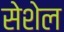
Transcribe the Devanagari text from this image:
सेशेल